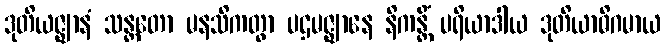
ဒုတိယဇ္ဈာနံ သန္တတော မနသိကတွာ ပဌမဇ္ဈာနေ နိကန္တိံ ပရိယာဒါယ ဒုတိယာဓိဂမာယ